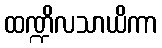
ထဏ္ဍိလသာယိကာ